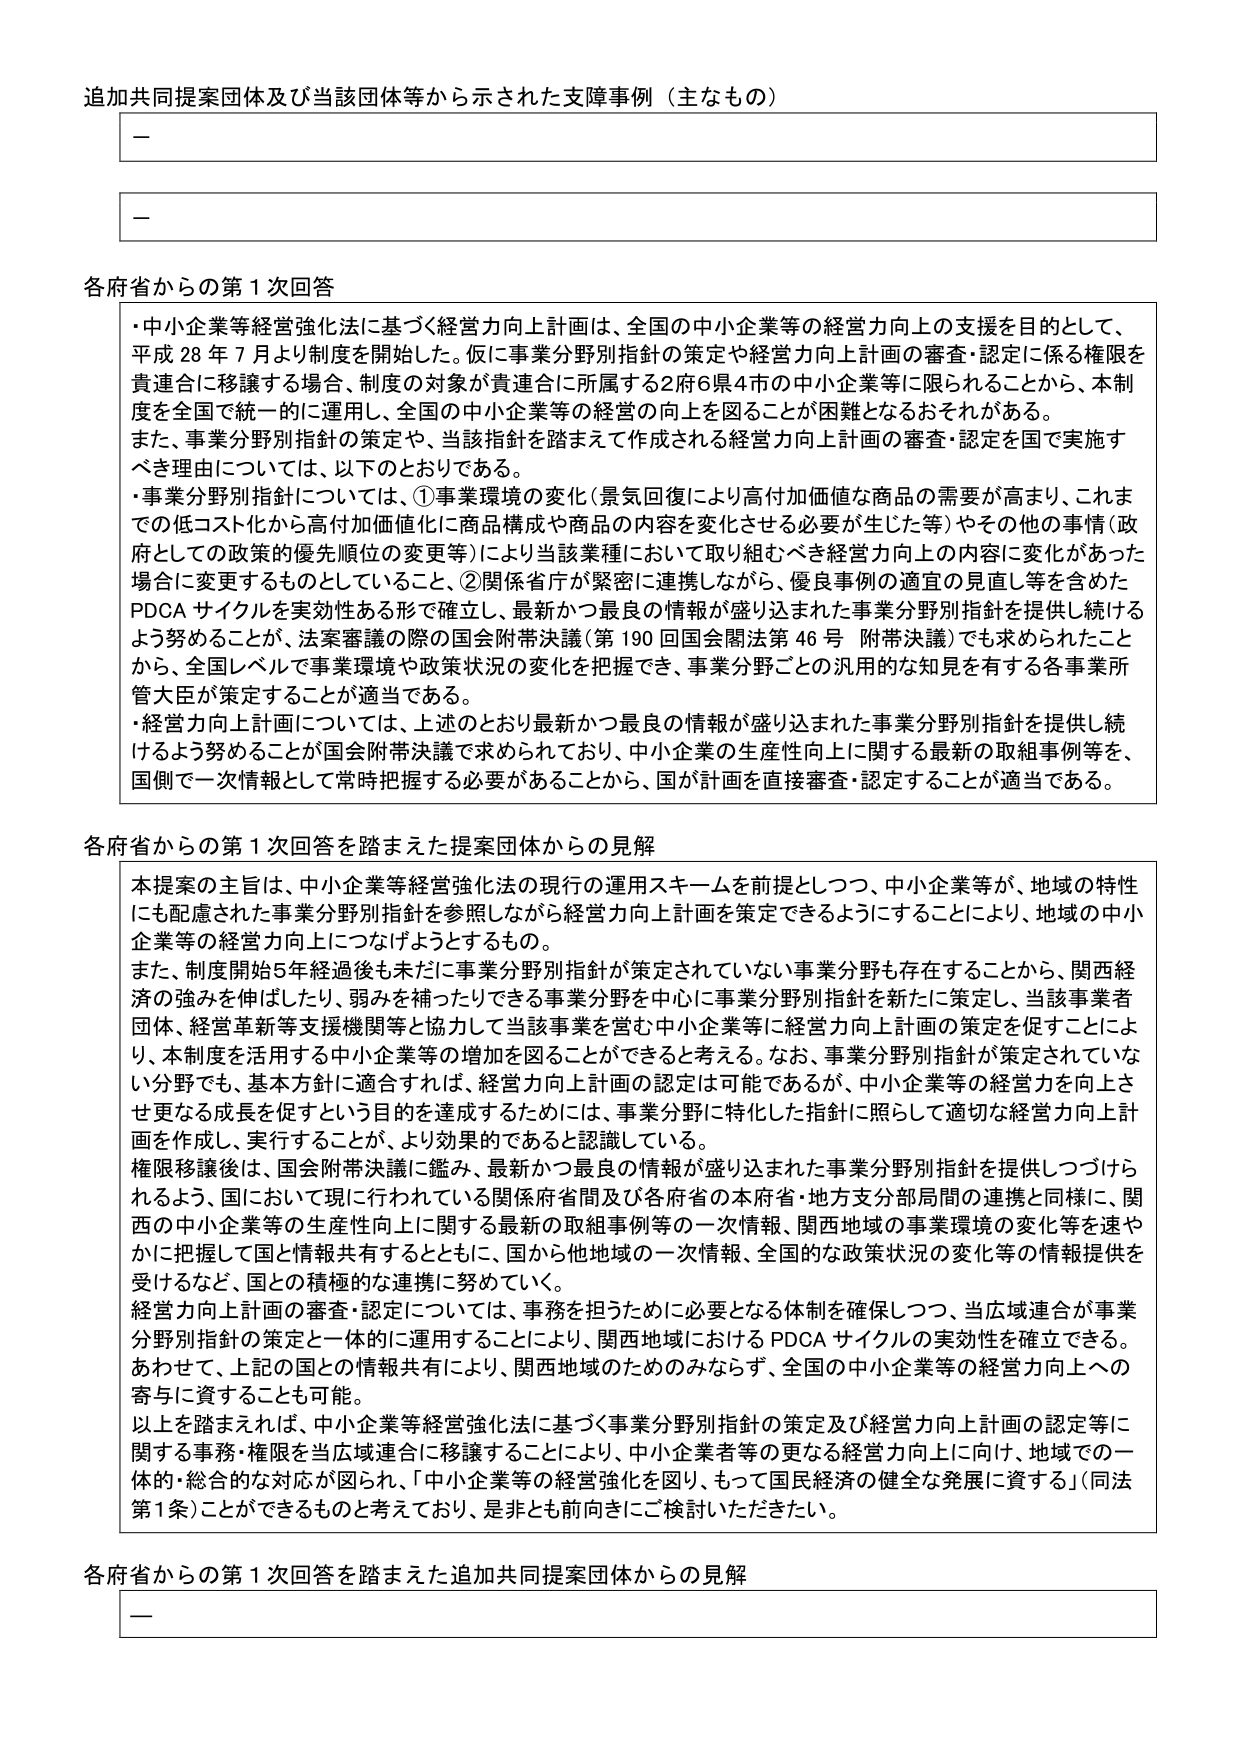
追加共同提案団体及び当該団体等から示された支障事例（主なもの）

－

－

各府省からの第１次回答

・中小企業等経営強化法に基づく経営力向上計画は、全国の中小企業等の経営力向上の支援を目的として、平成28年7月より制度を開始した。仮に事業分野別指針の策定や経営力向上計画の審査・認定に係る権限を貴連合に移譲する場合、制度の対象が貴連合に所属する2府6県4市の中小企業等に限られることから、本制度を全国で統一的に運用し、全国の中小企業等の経営の向上を図ることが困難となるおそれがある。

また、事業分野別指針の策定や、当該指針を踏まえて作成される経営力向上計画の審査・認定を国で実施すべき理由については、以下のとおりである。

・事業分野別指針については、①事業環境の変化（景気回復により高付加価値な商品の需要が高まり、これまでの低コスト化から高付加価値化に商品構成や商品の内容を変化させる必要が生じた等）やその他の事情（政府としての政策的優先順位の変更等）により当該業種において取り組むべき経営力向上の内容に変化があった場合に変更するものとしていること、②関係省庁が緊密に連携しながら、優良事例の適宜の見直し等を含めたPDCAサイクルを実効性ある形で確立し、最新かつ最良の情報が盛り込まれた事業分野別指針を提供し続けるよう努めることを、法案審議の際の国会附帯決議（第190回国会附帯決議第46号 附帯決議）でも求められたことから、全国レベルで事業環境や政策状況の変化を把握でき、事業分野ごとの汎用的な知見を有する各事業所管大臣が策定することが適当である。

・経営力向上計画については、上述のとおり最新かつ最良の情報が盛り込まれた事業分野別指針を提供し続けるよう努めることが国会附帯決議で求められており、中小企業の生産性向上に関する最新の取組事例等を、国側で一次情報として常時把握する必要があることから、国が計画を直接審査・認定することが適当である。

各府省からの第１次回答を踏まえた提案団体からの見解

本提案の主旨は、中小企業等経営強化法の現行の運用スキームを前提としつつ、中小企業等が、地域の特性にも配慮された事業分野別指針を参照しながら経営力向上計画を策定できるようにすることにより、地域の中小企業等の経営力向上につなげようとするもの。

また、制度開始5年経過後も未だに事業分野別指針が策定されていない事業分野も存在することから、関西経済の強みを伸ばしたり、弱みを補ったりできる事業分野を中心に事業分野別指針を新たに策定し、当該事業者団体、経営革新等支援機関等と協力して当該事業を営む中小企業等に経営力向上計画の策定を促すことにより、本制度を活用する中小企業等の増加を図ることができると考える。なお、事業分野別指針が策定されていない分野でも、基本方針上は、経営力向上計画の認定は可能であるが、中小企業等の経営力を向上させ更なる成長を促すという目的を達成するためには、事業分野に特化した指針に照らして適切な経営力向上計画を作成し、実行することが、より効果的であると認識している。

権限移譲後は、国会附帯決議に鑑み、最新かつ最良の情報が盛り込まれた事業分野別指針を提供しつづけられるよう、国において現に行われている関係府省間及び各府省の本府省・地方支分部局間の連携と同様に、関西の中小企業等の生産性向上に関する最新の取組事例等の一次情報、関西地域の事業環境の変化等を速やかに把握して国と情報共有するとともに、国から他地域の一次情報、全国的な政策状況の変化等の情報提供を受けながら、国との積極的な連携に努めていく。

経営力向上計画の審査・認定については、事務を担うために必要となる体制を確保しつつ、当広域連合が事業分野別指針の策定と一体的に運用することにより、関西地域におけるPDCAサイクルの実効性を確立できる。あわせて、上記の国との情報共有により、関西地域のためのみならず、全国の中小企業等の経営力向上への寄与に資することも可能。

以上を踏まえれば、中小企業等経営強化法に基づく事業分野別指針の策定及び経営力向上計画の認定等に関する事務・権限を当広域連合に移譲することにより、中小企業者等の更なる経営力向上に向け、地域での一体的・総合的な対応が図られ、「中小企業等の経営強化を図り、もって国民経済の健全な発展に資する」（同法第1条）ことができるものと考えており、是非とも前向きにご検討いただきたい。

各府省からの第１次回答を踏まえた追加共同提案団体からの見解

－